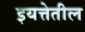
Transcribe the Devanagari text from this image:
इयत्तेतील